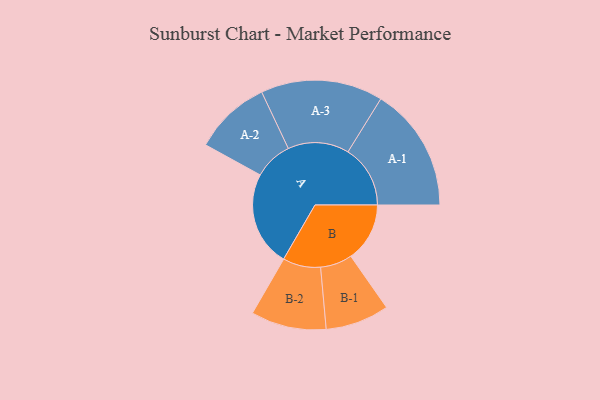
{"axis": {"x": "Segment", "y": "Value"}, "legend": ["", "A", "B"], "data": [{"x": "A", "y": 390, "type": ""}, {"x": "B", "y": 242, "type": ""}, {"x": "A-1", "y": 256, "type": "A"}, {"x": "A-2", "y": 158, "type": "A"}, {"x": "A-3", "y": 251, "type": "A"}, {"x": "B-1", "y": 131, "type": "B"}, {"x": "B-2", "y": 155, "type": "B"}]}